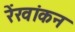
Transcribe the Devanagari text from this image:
रेंखांकन